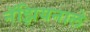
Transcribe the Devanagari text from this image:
नॅझियनाले